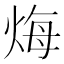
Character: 烸